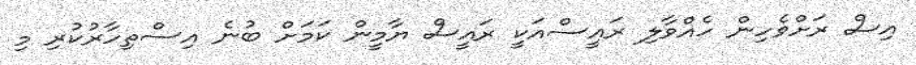
އިސް ރަށްވެހިން ހެއްވާލި ރައީސްއަކީ ރައީސް ޔާމީން ކަމަށް ބުނެ އިސްތިހާރުކުރި މި